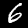
Label: 6